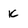
Character: K